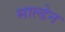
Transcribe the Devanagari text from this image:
साल्डेन